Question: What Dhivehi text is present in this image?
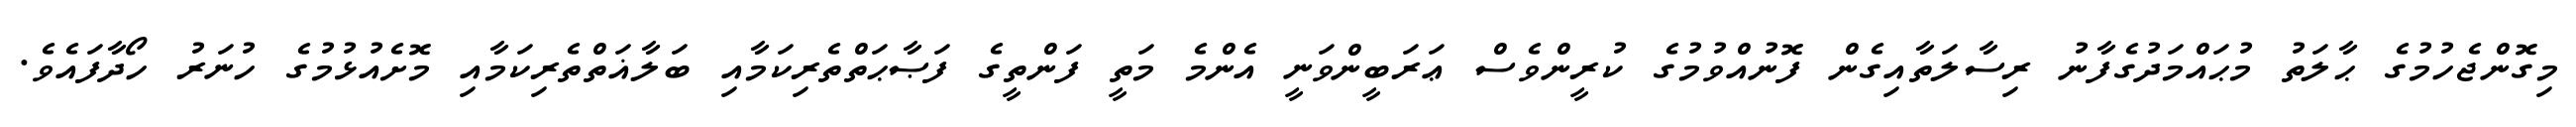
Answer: މިގޮންޖެހުމުގެ ޙާލަތު މުޙައްމަދުގެފާނު ރިސާލަތާއިގެން ފޮނުއްވުމުގެ ކުރީންވެސް ޢަރަބީންވަނީ އެންމެ މަތީ ފަންތީގެ ފަޞާޙަތްތެރިކަމާއި ބަލާޣަތްތެރިކަމާއި މޮށެއުޅުމުގެ ހުނަރު ހޯދާފައެވެ.